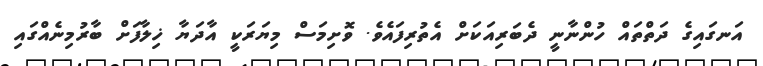
އަނގައިގެ ދަތްތައް ހުންނާނީ ދެބަރިއަކަށް އެތުރިފައެވެ. ވޮށިމަސް މިޔަރަކީ އާދަޔާ ޚިލާފަށް ބާރުމިނެއްގައި